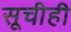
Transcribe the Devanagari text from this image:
सूचीही